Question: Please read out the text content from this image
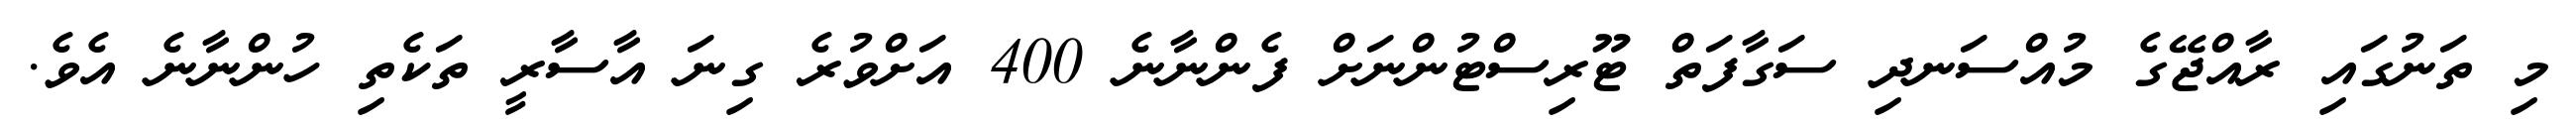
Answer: މި ތަނުގައި ރާއްޖޭގެ މުއްސަނދި ސަގާފަތް ޓޫރިސްޓުންނަށް ފެންނާނެ 400 އަށްވުރެ ގިނަ އާސާރީ ތަކެތި ހުންނާނެ އެވެ.